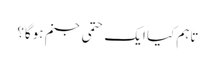
تاہم کیا ایک حتمی جنم ہوگا؟